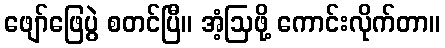
ဖျော်ဖြေပွဲ စတင်ပြီ။ အံ့ဩဖို့ ကောင်းလိုက်တာ။